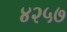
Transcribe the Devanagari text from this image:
४२५७